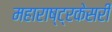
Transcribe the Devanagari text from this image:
महाराष्ट्रकेसरी